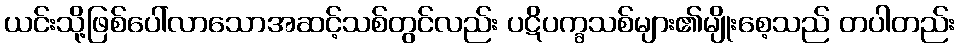
ယင်းသို့ဖြစ်ပေါ်လာသောအဆင့်သစ်တွင်လည်း ပဋိပက္ခသစ်များ၏မျိုးစေ့သည် တပါတည်း